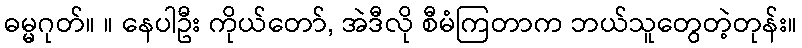
ဓမ္မဂုတ်။ ။ နေပါဦး ကိုယ်တော်, အဲဒီလို စီမံကြတာက ဘယ်သူတွေတဲ့တုန်း။